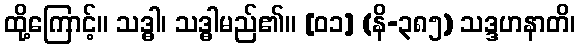
ထို့ကြောင့်။ သဒ္ဓါ၊ သဒ္ဓါမည်၏။ [၀၁] (နိ-၃၈၅) သဒ္ဒဟနာတိ၊